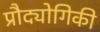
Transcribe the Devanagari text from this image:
प्रौद्योगिकी